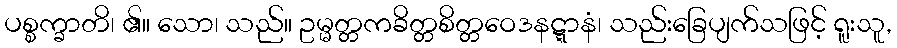
ပစ္စက္ခာတိ၊ ၏။ သော၊ သည်။ ဥမ္မတ္တကခိတ္တစိတ္တဝေဒနဋ္ဋာနံ၊ သည်းခြေပျက်သဖြင့် ရူးသူ,